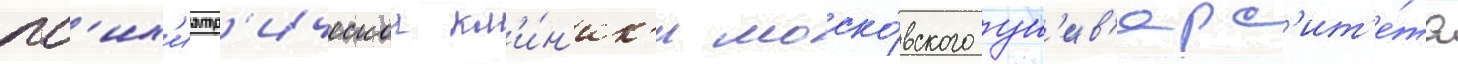
пс'их'иатр'ическои кл'и́н'ик'и моско́вского ун'ив'ерс'ит'е́та